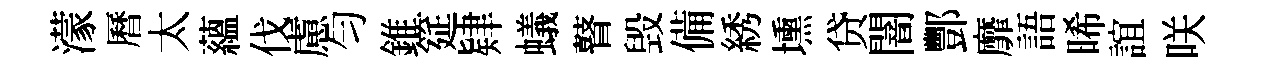
濛曆太藴伐慮匀錐筵肄蟻瞽毁備綉壎贷闇酆靡語晞誼咲